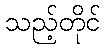
သည့်တိုင်